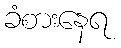
ခံစားနေရ